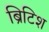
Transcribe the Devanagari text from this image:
ब्रिटिश